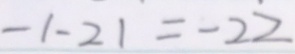
- 1 - 2 1 = - 2 2